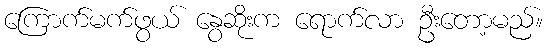
ကြောက်မက်ဖွယ် နွေဆိုးက ရောက်လာ ဦးတော့မည်။